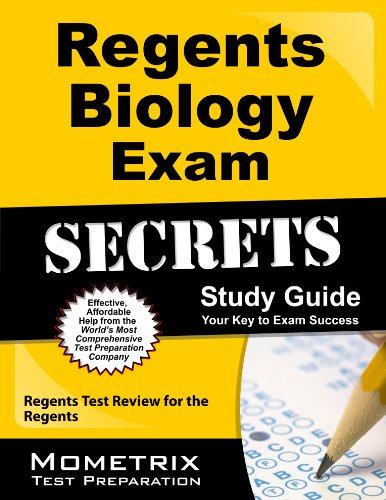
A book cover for Regents Biology Exam Secrets Study Guide: Regents Test Review for the Regents (Mometrix Secrets Study Guides); Regents Exam Secrets Test Prep Team; Test Preparation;